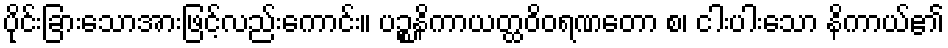
ပိုင်းခြားသောအားဖြင့်လည်းကောင်း။ ပဉ္စနိကာယတ္ထဝိဝရဏတော စ၊ ငါးပါးသော နိကာယ်၏